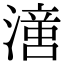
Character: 𣽢